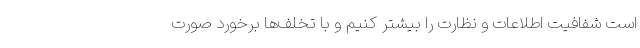
است شفافیت اطلاعات و نظارت را بیشتر کنیم و با تخلف‌ها برخورد صورت